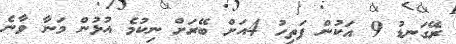
ރޭގަނޑު 9 އަކުން ފަތިހު 4އަށް ބޭރަށް ނިކުމެ އުޅުން މަނާ ވާނެ